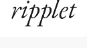
ripplet